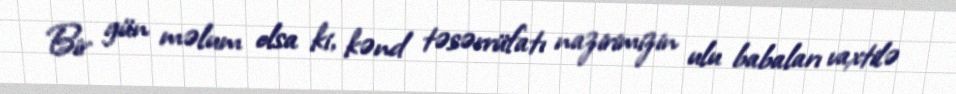
Bir gün məlum olsa ki, kənd təsərrüfatı nazirimizin ulu babaları vaxtilə